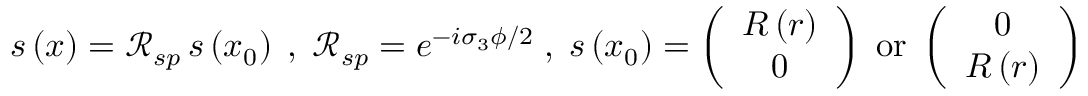
\begin{array} { r } { s \left( \boldsymbol { x } \right) = \mathcal { R } _ { s p } \, s \left( \boldsymbol { x } _ { 0 } \right) \; , \; \mathcal { R } _ { s p } = e ^ { - i \sigma _ { 3 } \phi / 2 } \; , \; s \left( \boldsymbol { x } _ { 0 } \right) = \left( \begin{array} { c } { R \left( r \right) } \\ { 0 } \end{array} \right) \; \mathrm { o r } \; \left( \begin{array} { c } { 0 } \\ { R \left( r \right) } \end{array} \right) } \end{array}